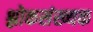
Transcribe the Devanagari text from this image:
श्लोकसंख्यक